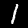
Label: 1